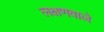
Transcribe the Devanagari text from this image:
लक्षणवाले